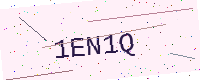
Text: 1EN1Q